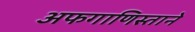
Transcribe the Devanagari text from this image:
अफगाणिस्ताने